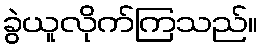
ခွဲယူလိုက်ကြသည်။